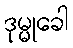
ဒုမ္မုခေါ